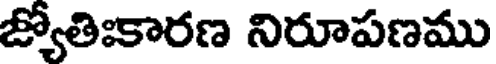
జ్యోతిఃకారణ నిరూపణము